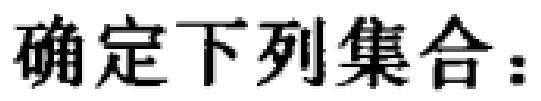
确定下列集合：